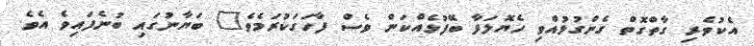
އެކުވެރި ގާތްގޮތް ގެންގުޅުއްވި ހެޔޮލަފާ ބޭފުޅެއްކަން ވެސް ފާހަގަކުރަމެވެ" ބަޔާނުގައި ބުނެފައިވެ އެވެ.